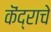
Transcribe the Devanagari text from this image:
कॆंद्राचे